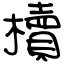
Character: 櫝